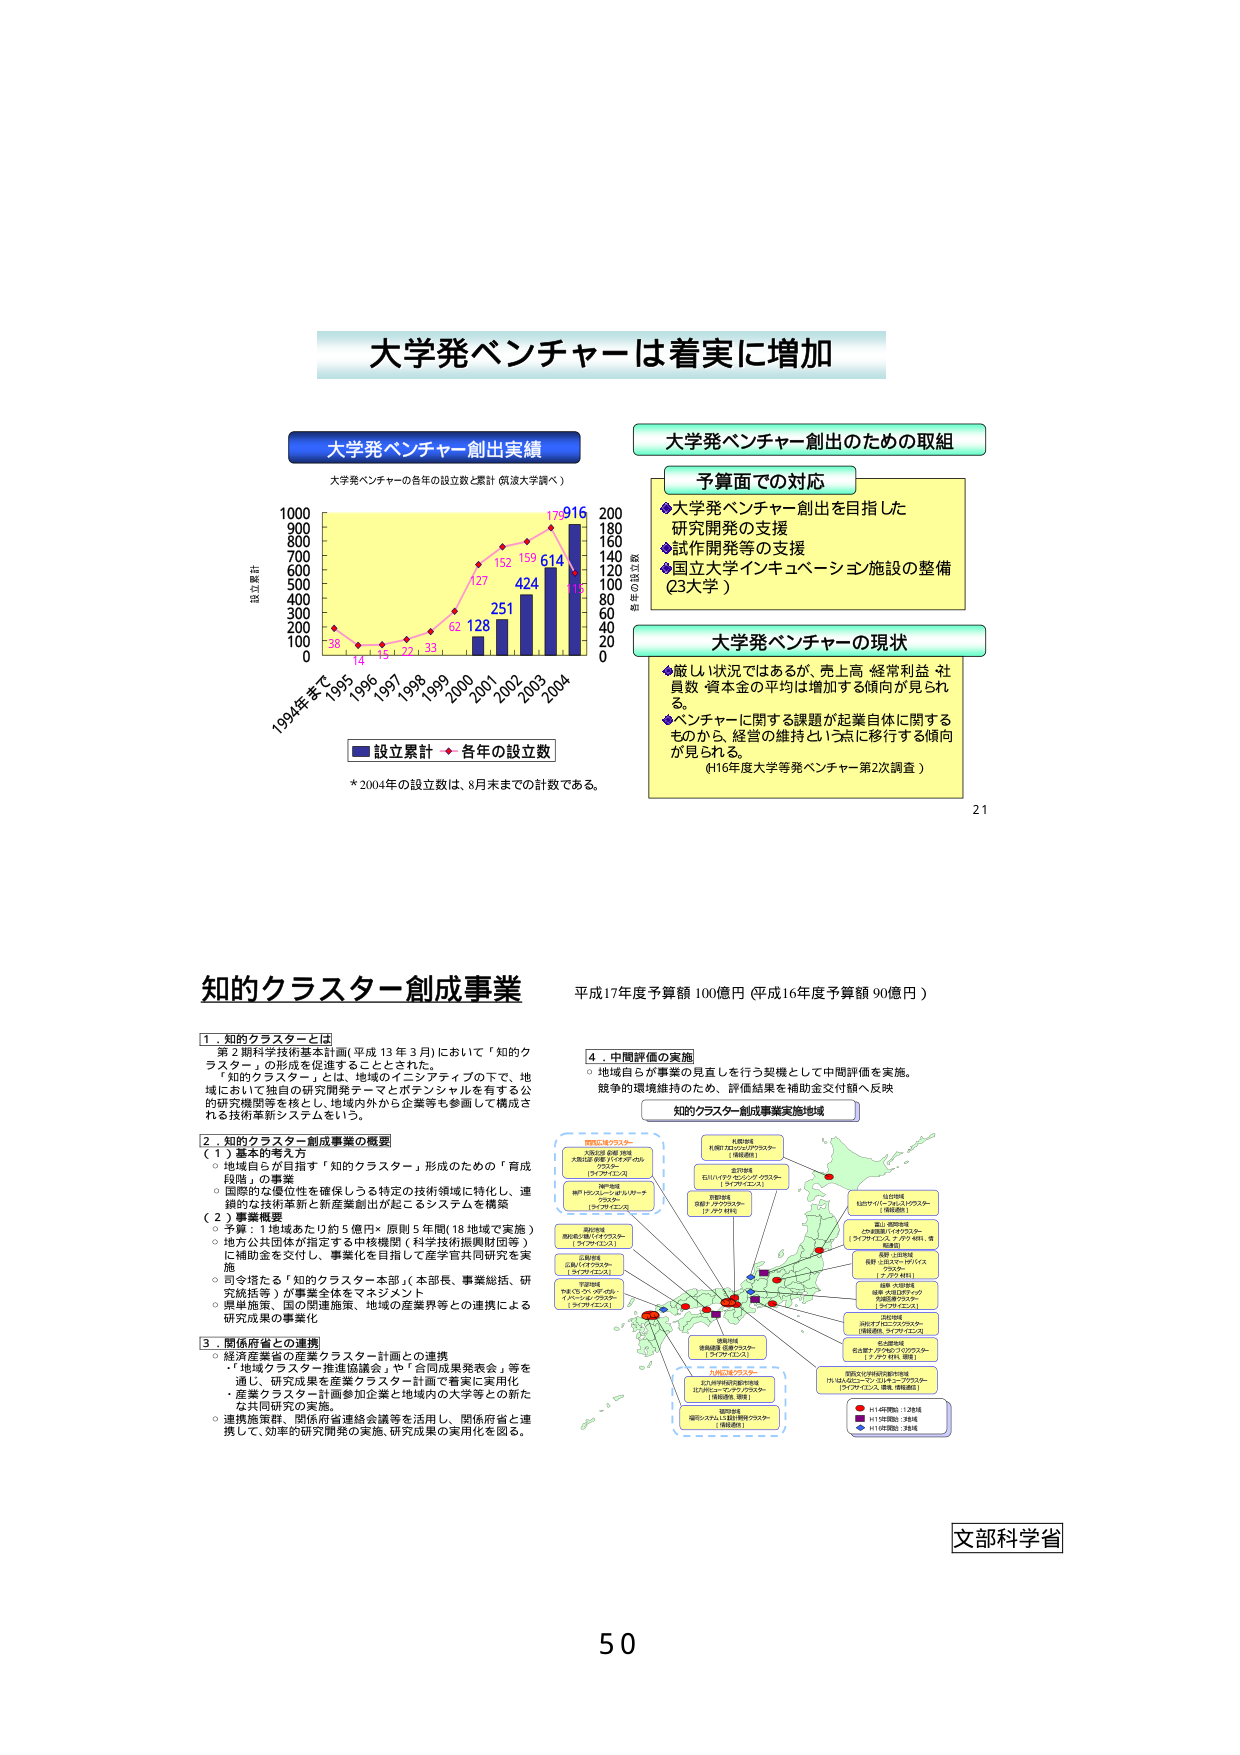
大学発ベンチャーは着実に増加

大学発ベンチャー創出実績
大学発ベンチャーの各年の設立数と累計（県済大学調べ）

1000
900
800
700
600
500
400
300
200
100
0
1994年まで 1995 1996 1997 1998 1999 2000 2001 2002 2003 2004

設立累計
各年の設立数

38 14 15 22 33 62 127 152 159 614 179 916

*2004年の設立数は、8月末までの計数である。

大学発ベンチャー創出のための取組

予算面での対応
◆大学発ベンチャー創出を目指した
研究開発の支援
◆試作開発等の支援
◆国立大学インキュベーション施設の整備
（23大学）

大学発ベンチャーの現状
◆厳しい状況ではあるが、売上高・経常利益・社員数・資本金の平均は増加する傾向が見られる。
◆ベンチャーに関する課題が起業自体に関するものから、経営の維持という点に移行する傾向が見られる。
（H16年度大学等発ベンチャー第2次調査）

21

知的クラスター創成事業
平成17年度予算額 100億円（平成16年度予算額 90億円）

1．知的クラスターとは
第2期科学技術基本計画（平成13年3月）において「知的クラスター」の形成を促進することとされた。
「知的クラスター」とは、地域のインセンティブの下で、地域において独自の研究開発テーマとポテンシャルを有する公的研究機関等を核とし、地域内外から企業等も参画して構成される技術革新システムをいう。

2．知的クラスター創成事業の概要
（1）基本的考え方
○地域自らが目指す「知的クラスター」形成のための「育成段階」の事業
○国際的な優位性を確保しうる特定の技術領域に特化し、連鎖的な技術革新と新産業創出が起こるシステムを構築
（2）事業概要
○予算：1地域あたり約5億円×原則5年間（18地域で実施）
○地方公共団体が指定する中核機関（科学技術振興財団等）に補助金を交付し、事業化を目指して産学官共同研究を実施
○司令塔たる「知的クラスター本部」（本部長、事業総括、研究統括等）が事業全体をマネジメント
○県単施策、国の関連施策、地域の産業界等との連携による研究成果の事業化

3．関係府省との連携
○経済産業省の産業クラスター計画との連携
・「地域クラスター推進協議会」や「合同成果発表会」等を通じ、研究成果を産業クラスター計画で着実に実用化
・産業クラスター計画参加企業と地域内の大学等との新たな共同研究の実施。
○連携施策、関係府省連絡会議等を活用し、関係府省と連携して、効率的研究開発の実施、研究成果の実用化を図る。

4．中間評価の実施
○地域自らが事業の見直しを行う契機として中間評価を実施。
競争的環境維持のため、評価結果を補助金交付額へ反映

知的クラスター創成事業実施地域

関西地域
大阪府・兵庫県・奈良県
大阪府産業技術総合センター
（大阪府）

関東地域
神奈川県・埼玉県・千葉県
神奈川県産業技術総合センター
（神奈川県）

東北地域
宮城県・山形県・福島県
宮城県産業技術総合センター
（宮城県）

中部地域
愛知県・岐阜県・三重県
愛知県産業技術総合センター
（愛知県）

北陸地域
石川県・富山県・福井県
石川県産業技術総合センター
（石川県）

中国地域
広島県・岡山県・鳥取県
広島県産業技術総合センター
（広島県）

四国地域
徳島県・香川県・愛媛県・高知県
徳島県産業技術総合センター
（徳島県）

九州地域
福岡県・佐賀県・長崎県・熊本県
福岡県産業技術総合センター
（福岡県）

沖縄地域
沖縄県
沖縄県産業技術総合センター
（沖縄県）

北海道地域
北海道
北海道産業技術総合センター
（北海道）

東京地域
東京都
東京都産業技術総合センター
（東京都）

※H14年度：12地域
※H15年度：14地域
※H16年度：18地域

文部科学省

50